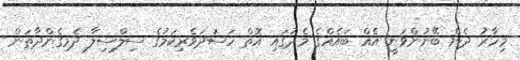
މިހާރު ދެން ބޭނުންވަނީ އެއް ބައެއްގެ މެދުގައި އޮތް ހަސަދަވެރިކަމުގެ ސިލްސިލާ ދެމިގެންދާތަން